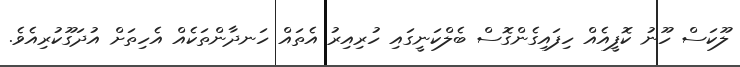
ލޫކަސް ހޫނު ކޮފީއެއް ހިފައިގެންގޮސް ބެލްކަނީގައި ހުރިއިރު އެތައް ހަނދާންތަކެއް އެހިތަށް އުދަގޫކުރިއެވެ.